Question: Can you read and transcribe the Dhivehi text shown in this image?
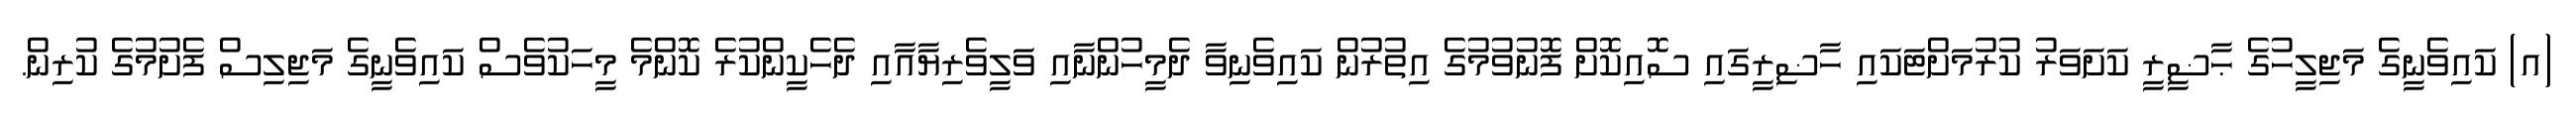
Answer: (އ) ކައިވެނީގެ މަޖިލީހުގެ ޙާޟީރީ ކަށަވަރު ކުރުމަށްޓަކައި ހާޟިރީގައި ސޮއިކޮށް ފޮނުވުމުގެ އިތުރުން ކައިވެނިވާ ދެމީހުންނާއި ވަލީވެރިޔާއާއި ދެހެކީންކުރެ ކޮންމެ މީހަކުވެސް ކައިވެނީގެ މަޖިލިސް ފެށުމުގެ ކުރިން.